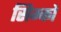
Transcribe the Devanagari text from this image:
सिम्को